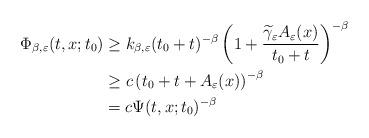
LaTeX: \begin{align*} \Phi_{\beta,\varepsilon}(t,x;t_0) &\ge k_{\beta,\varepsilon} (t_0+t)^{-\beta} \left( 1 + \frac{\widetilde{\gamma}_{\varepsilon}A_{\varepsilon}(x)}{t_0+t} \right)^{-\beta} \\ &\ge c \left( t_0 + t + A_{\varepsilon}(x) \right)^{-\beta} \\ &= c \Psi(t,x;t_0)^{-\beta}\end{align*}